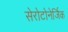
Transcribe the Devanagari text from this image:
सेरोटोनेर्जिक